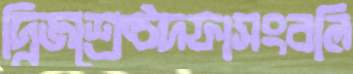
দ্বিজশ্রেষ্ঠদফাসংবলি